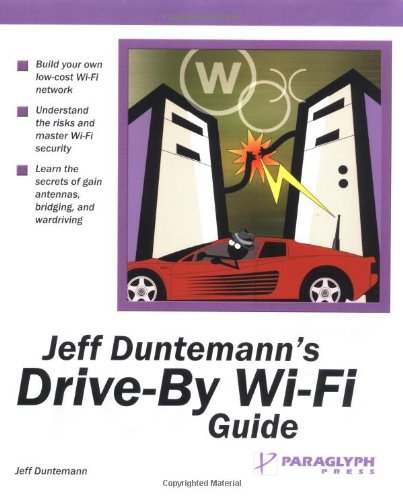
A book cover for Jeff Duntemann's Drive-By Wi-Fi Guide; Jeff Duntemann; Computers & Technology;